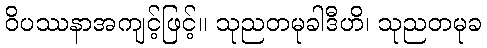
ဝိပဿနာအကျင့်ဖြင့်။ သုညတမုခါဒီဟိ၊ သုညတမုခ